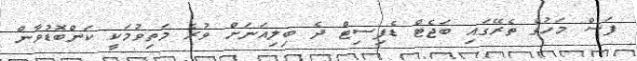
ފަސް މަހުގެ ތެރޭގައި ބަޖެޓް ޑެފިސިޓް ދެ ބިލިއަނަށް ވުރެ މަތިވުމަކީ ކަންބޮޑުވާން